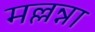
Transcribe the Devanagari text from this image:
मल्लन्ना